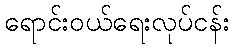
ရောင်းဝယ်ရေးလုပ်ငန်း